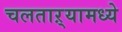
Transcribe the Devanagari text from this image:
चलताऱ्यामध्ये